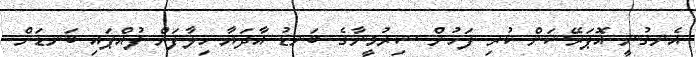
އެނގުނީ އޮޕަރޭޝަން ކުރި ފަހުން ޝިރުމީނާގެ ބަނޑު އާދަޔާ ހިލާފަށް ފުއްޕައި ބަނޑަށް